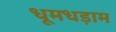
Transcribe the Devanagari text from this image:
धूमधड़ाम